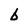
Character: b